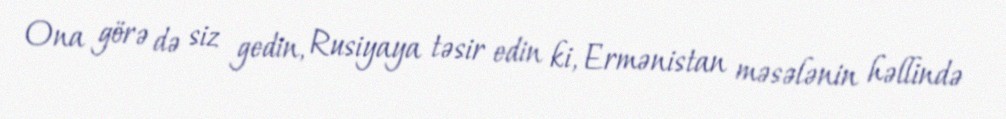
Ona görə də siz gedin, Rusiyaya təsir edin ki, Ermənistan məsələnin həllində